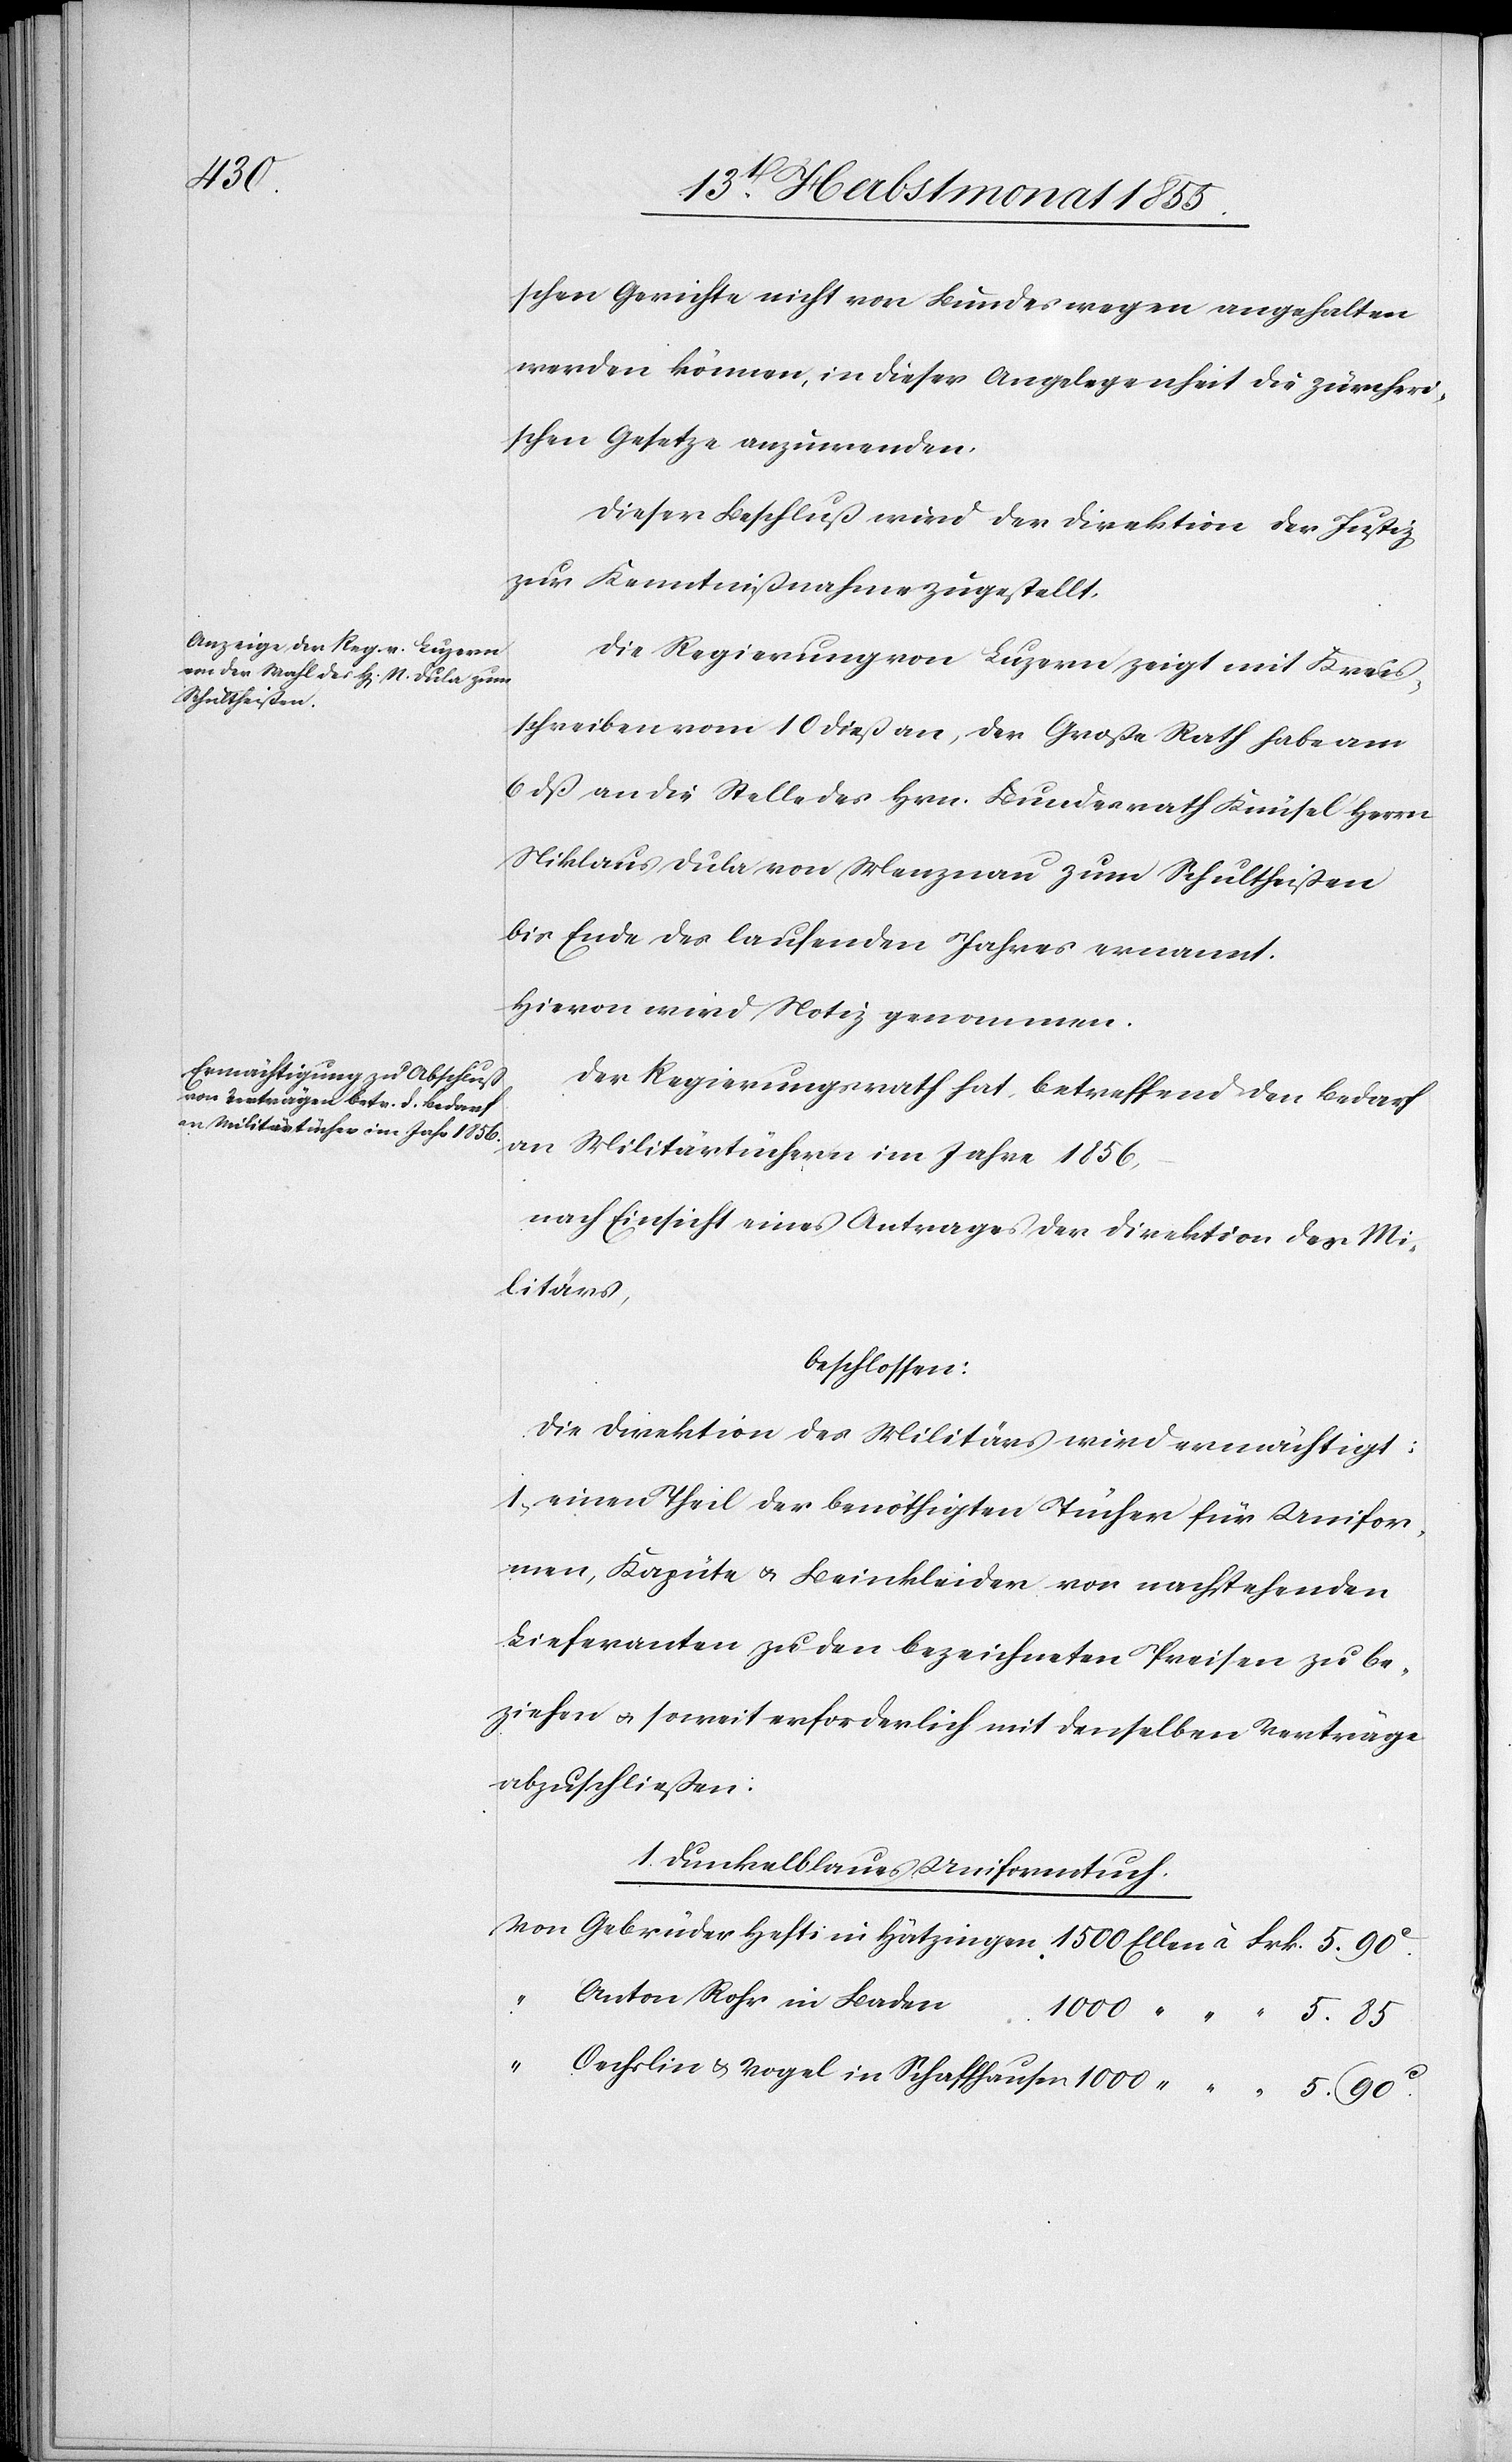
1000

schen Gerichte nicht von Bundeswegen angehalten
werden können, in dieser Angelegenheit die zürcheri¬
schen Gesetze anzuwenden.
Dieser Beschluß wird der Direktion der Justiz
zur Kenntnißnahme zugestellt.
Die Regierung von Luzern zeigt mit Kreis¬
schreiben vom 10 dieß an, der Große Rath habe am
6 dß an die Stelle des Hrn. Bundesrath Knüsel Herrn
Niklaus Dula von Menznau zum Schultheißen
bis Ende des laufenden Jahres ernannt.
Hievon wird Notiz genommen.
Der Regierungsrath hat, betreffend den Bedarf
an Militärtüchern im Jahre 1856,
nach Einsicht eines Antrages der Direktion des Mi¬
litärs,
beschlossen:
Die Direktion des Militärs wird ermächtigt:
1, einen Theil der benöthigten Tücher für Unifor¬
men, Kapüte & Beinkleider von nachstehenden
Lieferanten zu den bezeichneten Preisen zu be¬
ziehen & soweit erforderlich mit denselben Verträge
abzuschließen:
1. Dunkelblaues Uniformtuch.
Anton Rohr in Baden
90c.